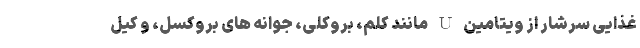
غذایی سرشار از ویتامین U مانند کلم، بروکلی، جوانه های بروکسل، و کیل